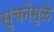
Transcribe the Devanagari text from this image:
सुचनेमुळे